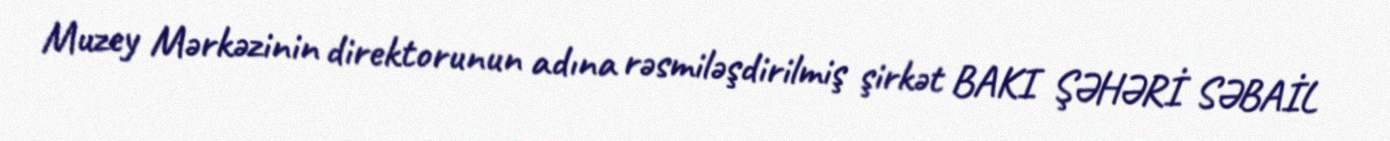
Muzey Mərkəzinin direktorunun adına rəsmiləşdirilmiş şirkət BAKI ŞƏHƏRİ SƏBAİL